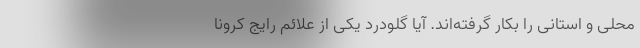
محلی و استانی را بکار گرفته‌اند. آیا گلودرد یکی از علائم رایج کرونا